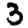
Digit: 3